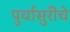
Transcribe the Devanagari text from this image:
पुर्वासुरींचे